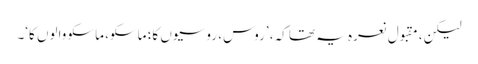
لیکن، مقبول نعرہ یہ تھا کہ، ’روس، روسیوں کا؛ ماسکو، ماسکو والوں کا‘۔